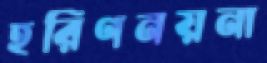
হরিণনয়না